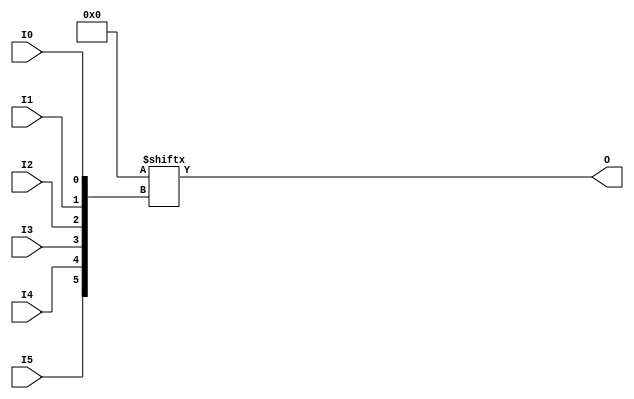
/*
 * Created on Fri Jan 14 2022
 *
 * Copyright (c) 2022 IOA UCAS
 *
 * @Filename:	LUT6.v
 * @Author:		Jiawei Lin
 * @Last edit:	10:13:18
 */

`resetall
`timescale 1ns / 1ps
`default_nettype none

module LUT6 # (
	parameter INIT = 64'h0000_0000_0000_0000	// Specify LUT Contents
) (
	output wire O,
	input  wire I0,
	input  wire I1,
	input  wire I2,
	input  wire I3,
	input  wire I4,
	input  wire I5
);

reg [63:0] LUT6 = INIT;
// assign O = LUT6[{I0, I1, I2, I3, I4, I5}];
assign O = LUT6[{I5, I4, I3, I2, I1, I0}];

endmodule

`resetall